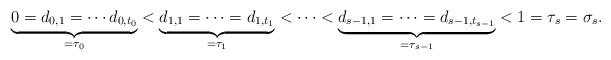
LaTeX: \begin{align*}\underbrace{ 0 = d_{0,1} = \cdots d_{0,t_0} }_{=\tau_0}< \underbrace{d_{1,1} = \cdots =d_{1, t_1}}_{=\tau_1} < \cdots <\underbrace{ d_{s-1,1} = \cdots =d_{s-1,t_{s-1}} }_{=\tau_{s-1}} <1 = \tau_{s} = \sigma_s.\end{align*}